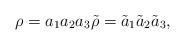
LaTeX: \begin{align*}\rho = a_1a_2a_3 \tilde{\rho}=\tilde{a}_1\tilde{a}_2\tilde{a}_3,\end{align*}